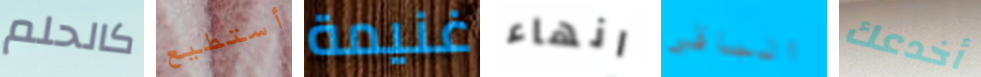
كالحلم أستطيع غنيمة انهاء الباقي أخدعك